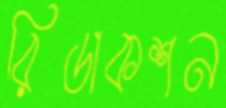
রিডাকশন